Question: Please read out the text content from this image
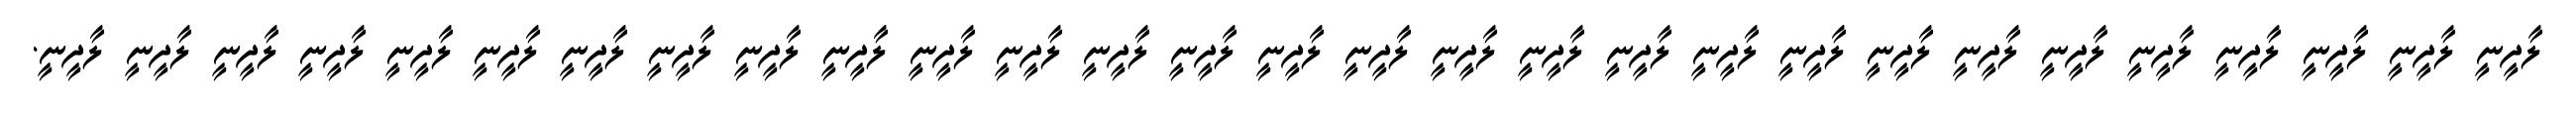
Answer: ލާދީނީ ލާދީނީ ލާދީނީ ލާދީނީ ލާދީނީ ލާދީނީ ލާދީނީ ލާދީނީ ލާދީނީ ލާދީނީ ލާދީނީ ލާދީނީ ލާދީނީ ލާދީނީ ލާދީނީ ލާދީނީ ލާދީނީ ލާދީނީ ލާދީނީ ލާދީނީ ލާދީނީ ލާދީނީ ލާދީނީ ލާދީނީ ލާދީނީ ލާދީނީ ލާދީނީ ލާދީނީ ލާދީނީ.